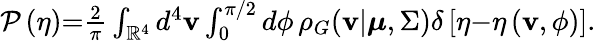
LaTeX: \begin{array}{r}{\mathcal{P}\left(\eta\right){=}\frac{2}{\pi}\int_{\mathbb{R}^{4}}d^{4}\mathbf{v}\int_{0}^{\pi/2}d\phi\, \rho_{G}(\mathbf{v}|\boldsymbol{\mu},\Sigma)\delta\left[\eta{-}\eta\left(\mathbf{v},\phi\right)\right].}\end{array}